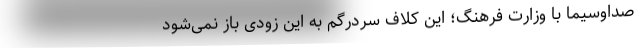
صداوسیما با وزارت فرهنگ؛ این کلاف سردرگم به این زودی باز نمی‌شود